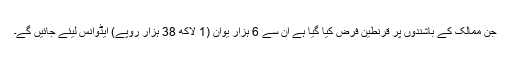
جن ممالک کے باشندوں پر قرنطین فرض کیا گیا ہے ان سے 6 ہزار یوان (1 لاکھ 38 ہزار روپے) ایڈوانس لیئے جائیں گے۔